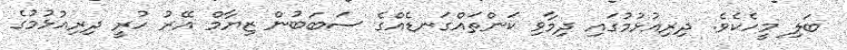
ބަލި މީހެކެވެ. ދިރިއުޅުމުގައި ދިމާވި ކަންތައްގަނޑެއްގެ ސަބަބުން ޒިޔާމް އޭރު ހުރީ ދިރިއުޅުމުގެ